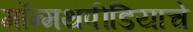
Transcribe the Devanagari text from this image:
मॉन्मथपीडियाचे